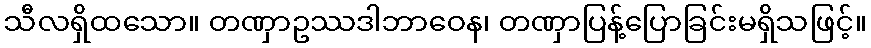
သီလရှိထသော။ တဏှာဥဿဒါဘာဝေန၊ တဏှာပြန့်ပြောခြင်းမရှိသဖြင့်။